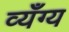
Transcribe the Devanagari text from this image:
व्यँग्य